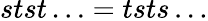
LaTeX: stst\ldots=tsts\ldots